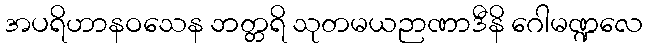
အပရိဟာနဝသေန ဘတ္တရိ သုတမယဉာဏာဒီနိ ဂေါမဏ္ဍလေ